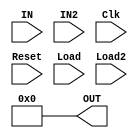
module Register2(input [31:0] IN,IN2,input Clk, Reset,Load,Load2,output [31:0] OUT);
reg [31:0] d;
assign OUT = d;
always@(negedge Clk)
begin
	if(Load)
		d=IN;
	else if(Load2)
		d=IN2;
end

always@(Reset)
	d=0;

endmodule